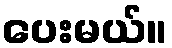
ပေးမယ်။